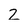
Character: 2